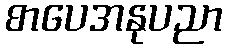
စာပေအနုပညာ